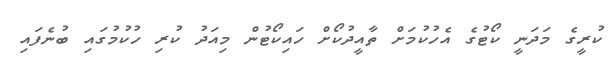
ކުރީގެ މަދަނީ ކޯޓުގެ އެހުކުމަށް ތާއީދުކޯށް ހައިކޯޓުން މިއަދު ކުރި ހުކުމުގައި ބުނެފައި